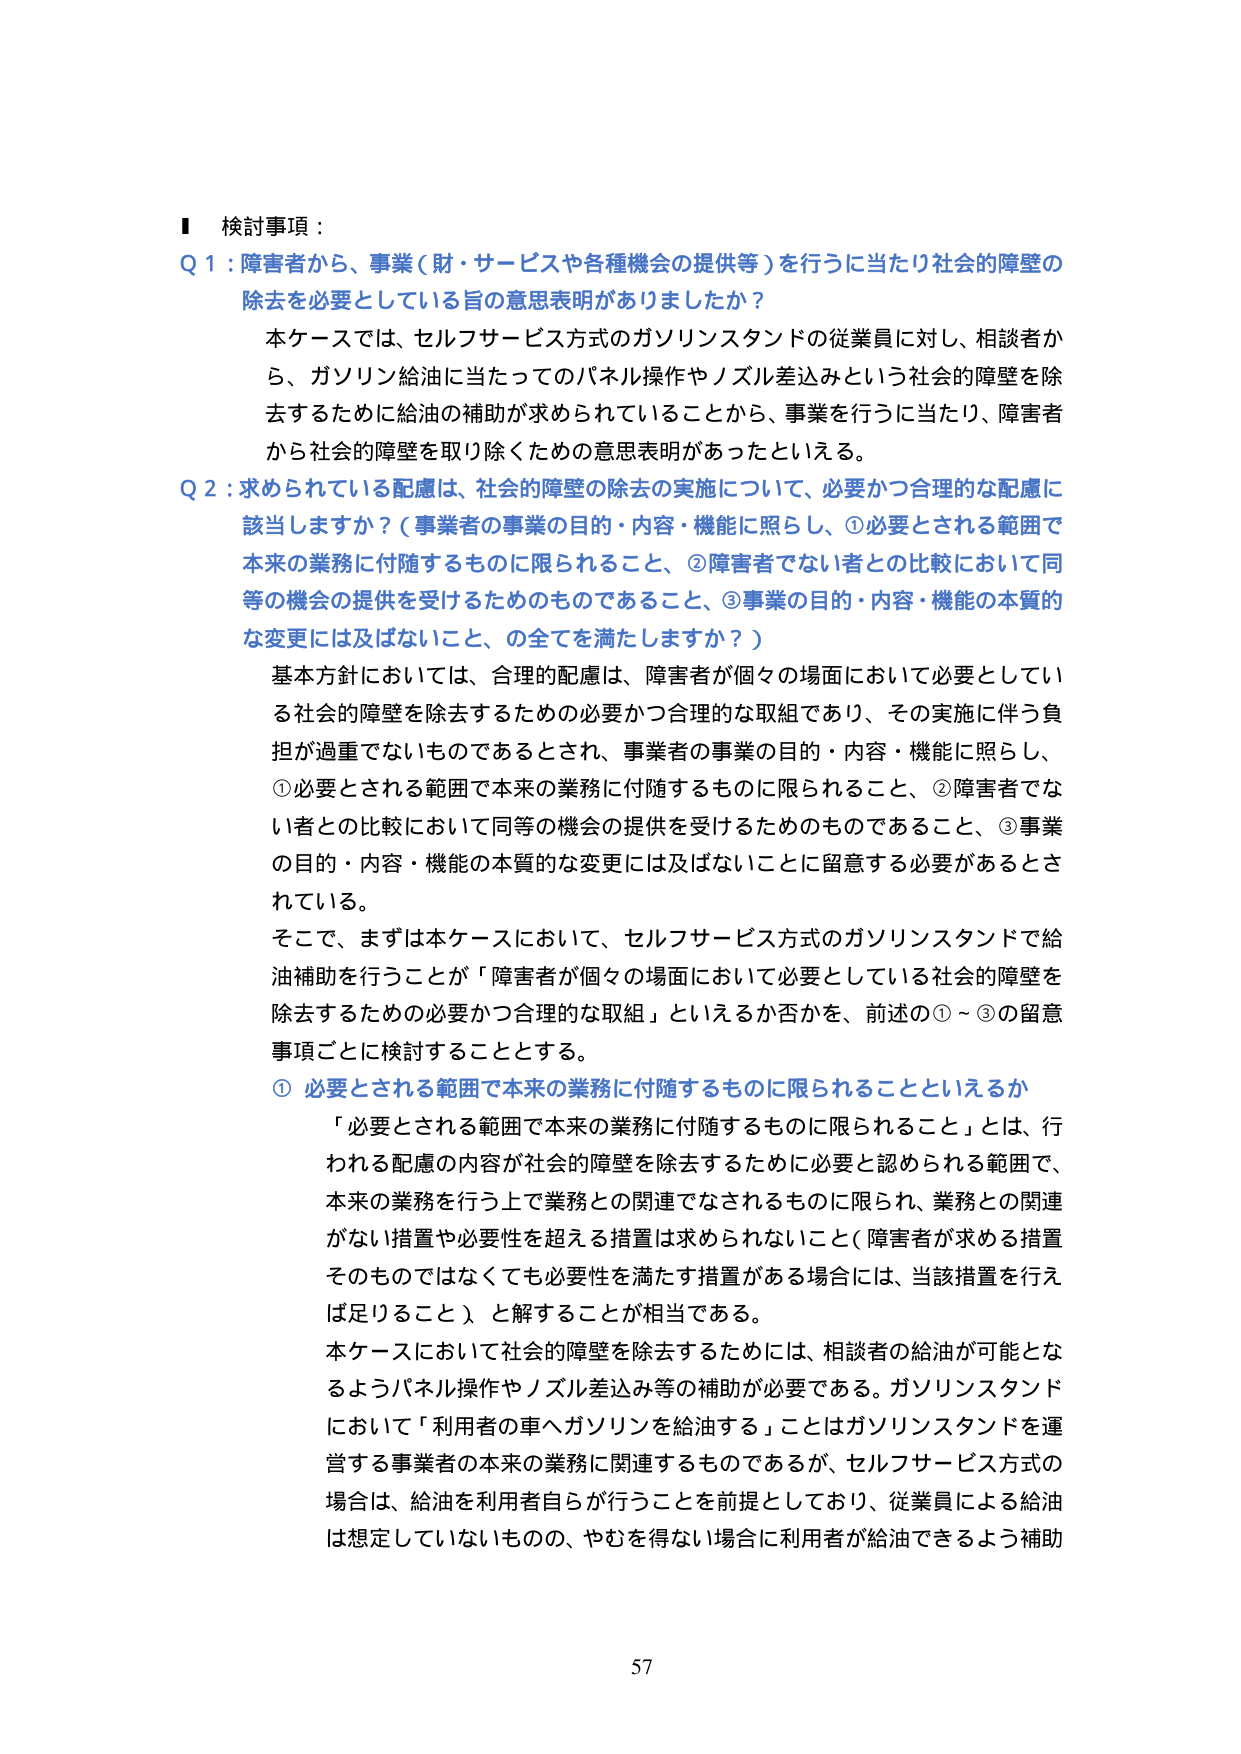
■ 検討事項：

Q 1：障害者から、事業（財・サービスや各種機会の提供等）を行うに当たり社会的障壁の除去を必要としている旨の意思表明がありましたか？

本ケースでは、セルフサービス方式のガソリンスタンドの従業員に対し、相談者から、ガソリン給油に当たってのパネル操作やノズル差込みという社会的障壁を除去するために給油の補助が求められていることから、事業を行うに当たり、障害者から社会的障壁を取り除くための意思表明があったといえる。

Q 2：求められている配慮は、社会的障壁の除去の実施について、必要かつ合理的な配慮に該当しますか？（事業者の事業の目的・内容・機能に照らし、①必要とされる範囲で本来の業務に付随するものに限られること、②障害者でない者との比較において同等の機会の提供を受けるためのものであること、③事業の目的・内容・機能の本質的な変更には及ばないこと、の全てを満たしますか？）

基本方針においては、合理的配慮は、障害者が個々の場面において必要としている社会的障壁を除去するための必要かつ合理的な取組であり、その実施に伴う負担が過重でないものであるとされ、事業者の事業の目的・内容・機能に照らし、①必要とされる範囲で本来の業務に付随するものに限られること、②障害者でない者との比較において同等の機会の提供を受けるためのものであること、③事業の目的・内容・機能の本質的な変更には及ばないこと、に留意する必要があるとされている。

そこで、まずは本ケースにおいて、セルフサービス方式のガソリンスタンドで給油補助を行うことが「障害者が個々の場面において必要としている社会的障壁を除去するための必要かつ合理的な取組」といえるか否かを、前述の①～③の留意事項ごとに検討することとする。

① 必要とされる範囲で本来の業務に付随するものに限られることといえるか

「必要とされる範囲で本来の業務に付随するものに限られること」とは、行われる配慮の内容が社会的障壁を除去するために必要と認められる範囲で、本来の業務を行う上で業務との関連でなされるものに限られ、業務との関連がない措置や必要性を超える措置は求められないこと（障害者が求める措置そのものではなくても必要性を満たす措置がある場合には、当該措置を行えば足りること）、と解することが相当である。

本ケースにおいて社会的障壁を除去するためには、相談者の給油が可能となるようパネル操作やノズル差込み等の補助が必要である。ガソリンスタンドにおいて「利用者の車へガソリンを給油する」ことはガソリンスタンドを運営する事業者の本来の業務に関連するものであるが、セルフサービス方式の場合は、給油を利用者自身が行うことを前提としており、従業員による給油は想定していないものの、やむを得ない場合に利用者が給油できるよう補助

57